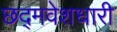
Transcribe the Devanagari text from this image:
छद्‍मवेशधारी